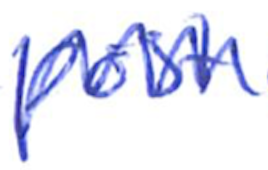
Text: post
Cross-out: zig-zag
Writing tool: ballpoint